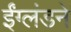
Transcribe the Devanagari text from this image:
ईंग्लंडने